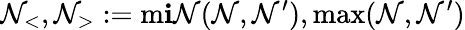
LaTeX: \mathcal{N}_{<},\mathcal{N}_{>}:=\operatorname*{m\mathbf{i}\mathcal{N}}(\mathcal{N},\mathcal{N}^{\prime}),\operatorname*{max}(\mathcal{N},\mathcal{N}^{\prime})